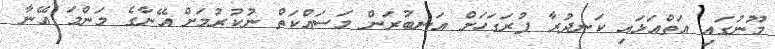
މޫނުގައި އަތްއަޅައި ކަނދުރާ ފުރަގަހަށް އަނބުރަން މަސައްކަތް ނުކުރުމަށް އޭނާގެ މަންމަ އޭނާ